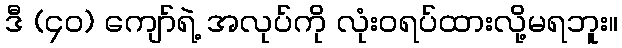
ဒီ (၄၀) ကျော်ရဲ့ အလုပ်ကို လုံးဝရပ်ထားလို့မရဘူး။